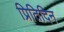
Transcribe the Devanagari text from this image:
प्रितिदिन